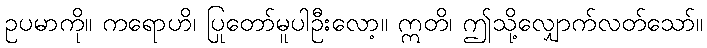
ဥပမာကို။ ကရောဟိ၊ ပြုတော်မူပါဦးလော့။ ဣတိ၊ ဤသို့လျှောက်လတ်သော်။